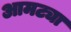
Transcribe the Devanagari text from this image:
आमट्या